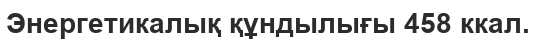
Энергетикалық құндылығы 458 ккал.